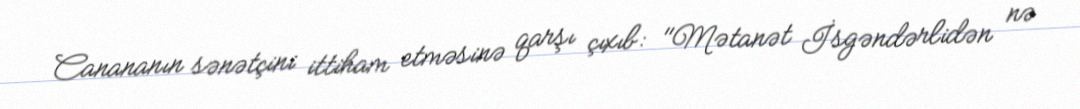
Canananın sənətçini ittiham etməsinə qarşı çıxıb: "Mətanət İsgəndərlidən nə